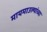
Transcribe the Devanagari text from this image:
मायमाउल्यांच्या